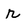
Character: r